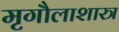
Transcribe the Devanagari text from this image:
मृगौलाशास्त्र